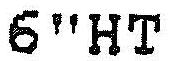
6"HT